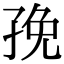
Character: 㝃